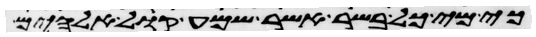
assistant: כי מי כל בשר אשר שמע קול אלהים